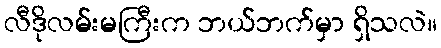
လီဒိုလမ်းမကြီးက ဘယ်ဘက်မှာ ရှိသလဲ။